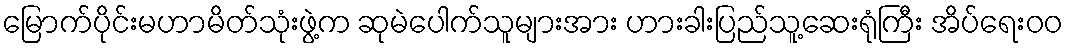
မြောက်ပိုင်းမဟာမိတ်သုံးဖွဲ့က ဆုမဲပေါက်သူများအား ဟားခါးပြည်သူ့ဆေးရုံကြီး အိပ်ရေးဝဝ